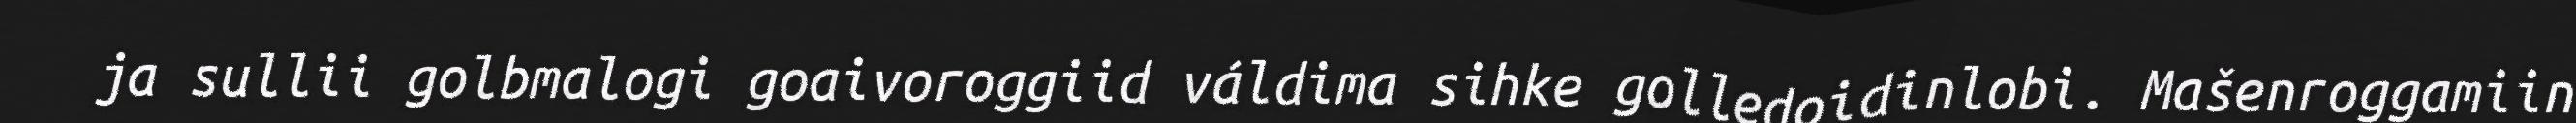
ja sullii golbmalogi goaivoroggiid váldima sihke golledoidinlobi. Mašenroggamiin